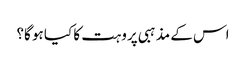
اس کے مذہبی پروہت کا کیا ہو گا؟